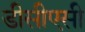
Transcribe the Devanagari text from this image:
डीसीएसी